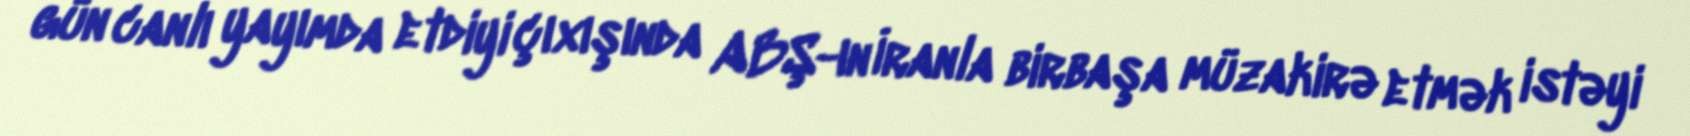
gün canlı yayımda etdiyi çıxışında ABŞ-ın İranla birbaşa müzakirə etmək istəyi